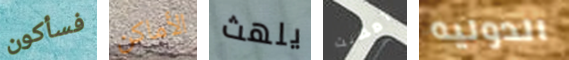
فسأكون الأماكن يلهث أمضيت الدوليه